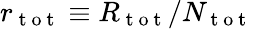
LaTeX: r_{\mathrm{~t~o~t~}}\equiv R_{\mathrm{~t~o~t~}}/N_{\mathrm{~t~o~t~}}